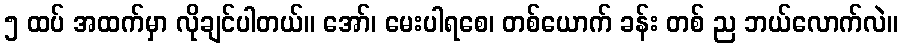
၅ ထပ် အထက်မှာ လိုချင်ပါတယ်။ အော်၊ မေးပါရစေ၊ တစ်ယောက် ခန်း တစ် ည ဘယ်လောက်လဲ။